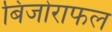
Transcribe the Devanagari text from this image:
बिजोराफल